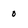
Character: o